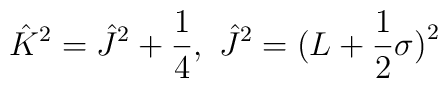
\hat K^2=\hat J^2+\frac 14,\ \hat J^2=(L+\frac 12{\bf \sigma )}^2